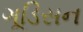
ગૂડિસન